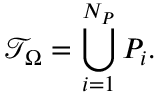
\mathcal { T } _ { \Omega } = \bigcup _ { i = 1 } ^ { N _ { P } } { P _ { i } } .